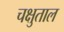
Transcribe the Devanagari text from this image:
चक्षुताल